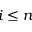
i \le n